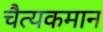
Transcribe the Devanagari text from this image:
चैत्यकमान